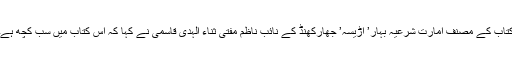
کتاب کے مصنف امارت شرعیہ بہار’ اڑیسہ’ جھارکھنڈ کے نائب ناظم مفتی ثناء الہدی قاسمی نے کہا کہ اس کتاب میں سب کچھ ہے۔